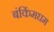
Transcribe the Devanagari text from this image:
बंकिंमघम